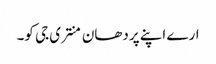
ارے اپنے پردھان منتری جی کو۔